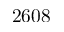
2 6 0 8